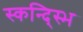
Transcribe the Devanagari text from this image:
स्कन्द्स्भि